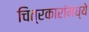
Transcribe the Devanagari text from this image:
चित्रकारांमध्ये